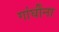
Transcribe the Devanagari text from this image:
गांघींना